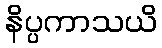
နိပ္ပကာသယိ